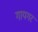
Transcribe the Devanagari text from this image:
गायगर